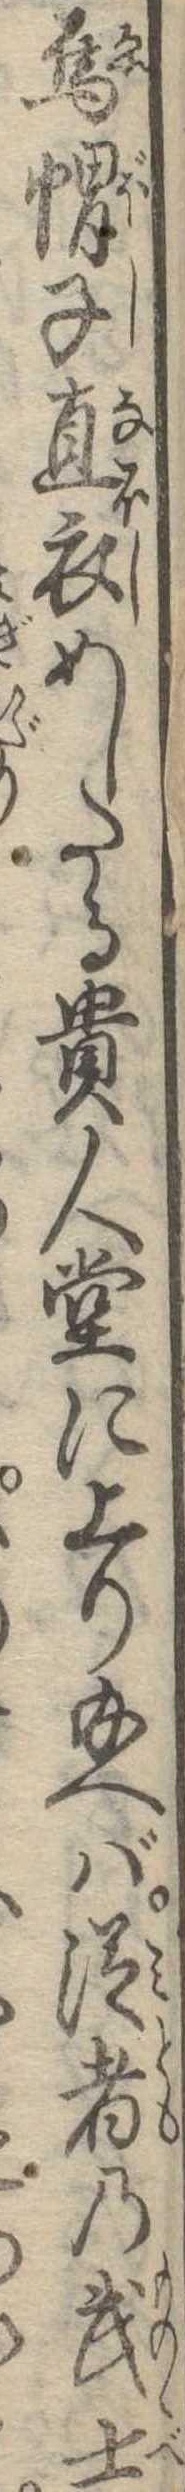
烏帽子直衣めしたる貴人堂に上り給へば従者の武士